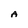
Character: A